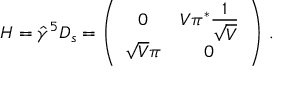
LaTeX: H = \hat { \gamma } ^ { 5 } { D } _ { s } = \left( \begin{array} { c c } { { 0 } } & { { V \pi ^ { * } \frac { \textstyle 1 } { \textstyle \sqrt { V } } } } \\ { { \sqrt { V } \pi } } & { { 0 } } \end{array} \right) \, .